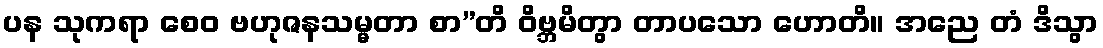
ပန သုကရာ စေဝ ဗဟုဇနသမ္မတာ စာ”တိ ဝိဗ္ဘမိတွာ တာပသော ဟောတိ။ အညေ တံ ဒိသွာ